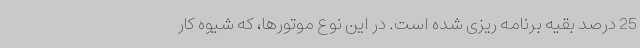
25 درصد بقیه برنامه ریزی شده است. در این نوع موتورها، که شیوه کار